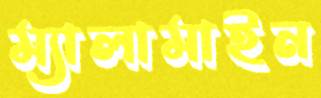
ম্যালামাইন